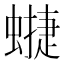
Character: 𧐥